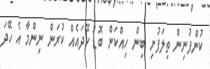
ކުންފުނިން ތިލަފުށި ބިން ހިއްކަން ބޮޑު ހޭދައެއް ކުރަން ނިންމާ އެ ހޭދަ